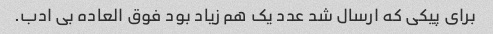
برای پیکی که ارسال شد عدد یک هم زیاد بود فوق العاده بی ادب.